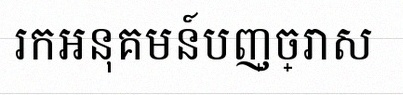
រកអនុគមន៍បញ្ច្រាស